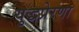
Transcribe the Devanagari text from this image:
युद्धप्रेरणा